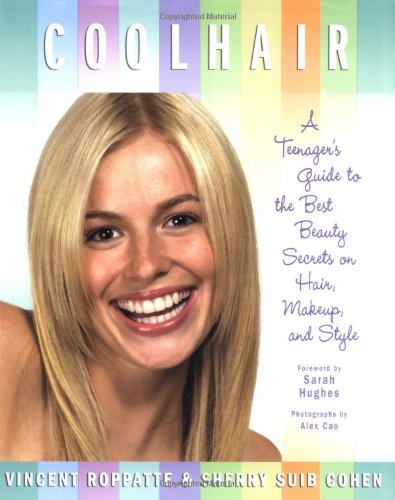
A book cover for Cool Hair: A Teenager's Guide to the Best Beauty Secrets on Hair, Makeup, and Style; Vincent Roppatte; Teen & Young Adult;